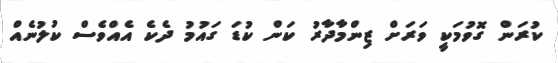
ކުރަން ގޮވުމަކީ ވަރަށް ޒިންމާދާރު ކަން ކުޑަ ގައުމު ދެކެ އެއްވެސް ކުލުނެއް